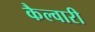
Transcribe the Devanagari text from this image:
कैल्वारी